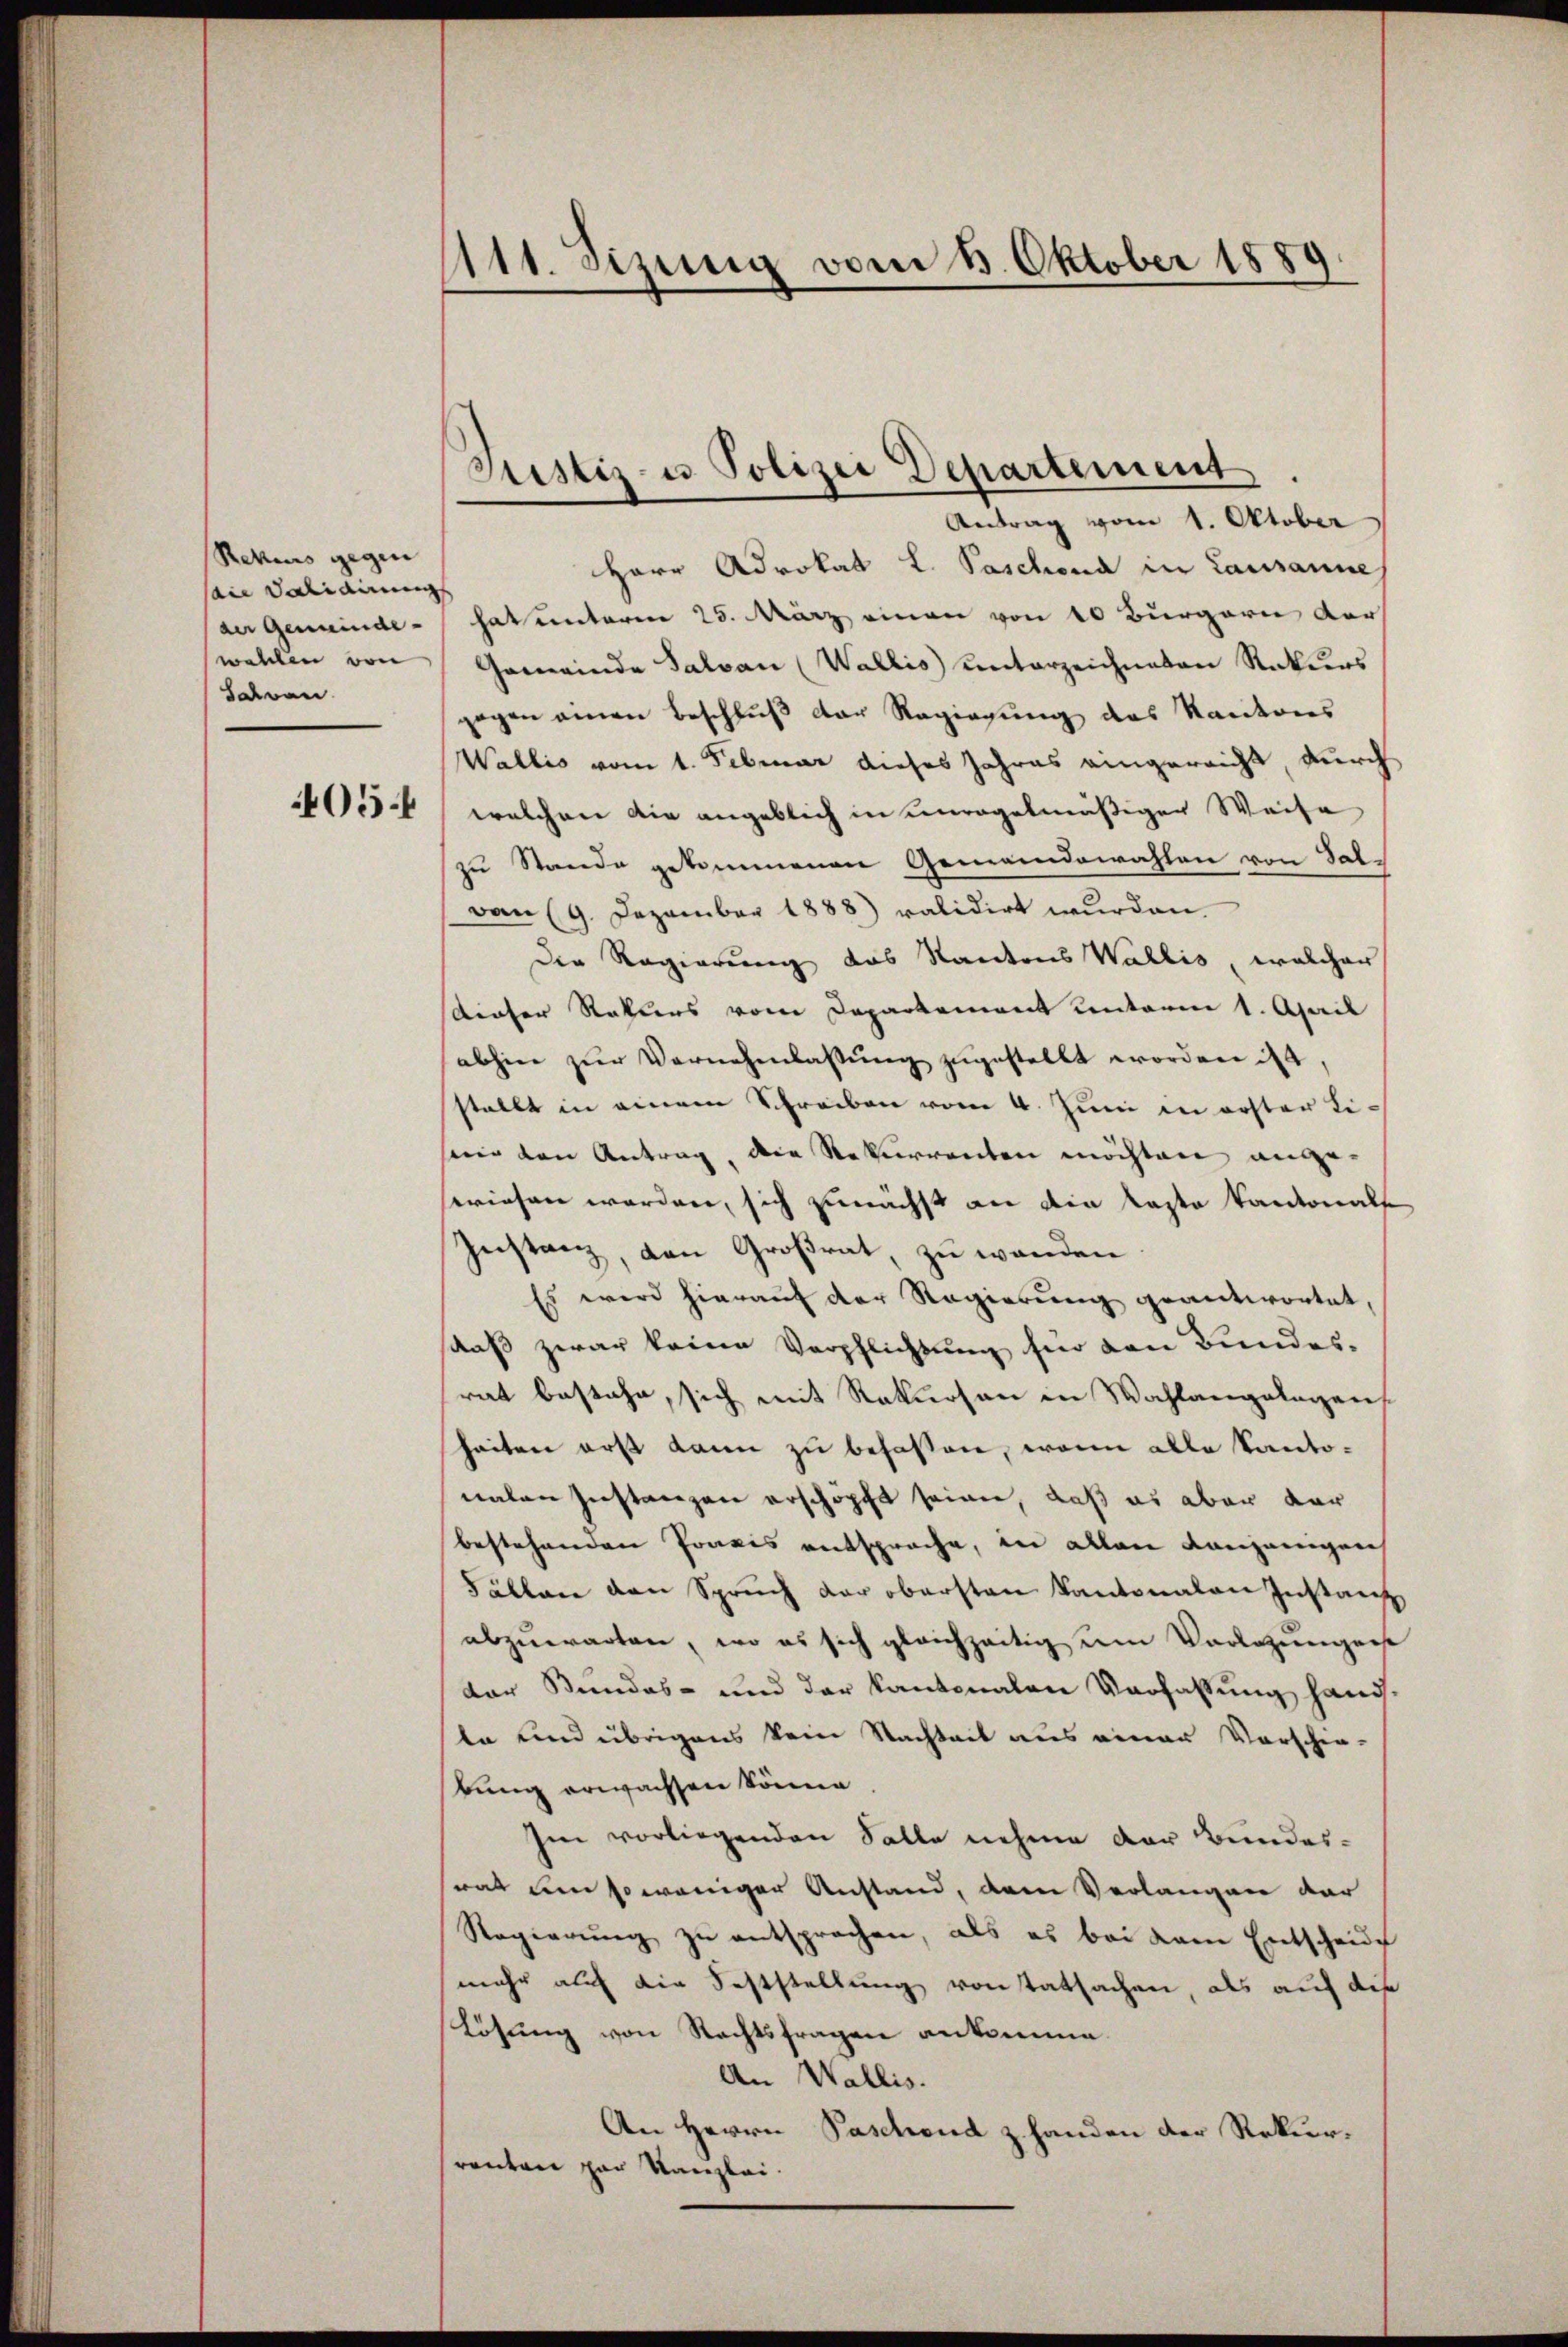
Rekens gegen
sane validirung
der Gemeinde-
walden von
Jahren
05.

1111. Sizung vom 13. Oktober 1889.

Herr Advokat L. Poschona in Lausanneh
hat unterm 25. März einen von 10 Bürgern der
Gemeinde Salvan (Wallis unterzeichneten Rekurs
gegen einen Beschluß der Regierung des Kantons
Wallis vom 1. Februar dieses Jahres eingereicht, durch
welchen die angeblich in unregelmäßiger Weise
zu Stande gekommenen Gemeindewahlen von Salvan (9. Dezember 1888) validirt wurden.
der Regierung das Kantons Wallis, welcher
dieser Rekurs vom Departement unterm 1. April
abhin zŭr Vernehmlassŭng zŭgestellt worden ist,
stellt in einem Schreiben vom 4. Juni in erster Lisein den Antrag, die Rekurrenten möchten ange-
swiesen worden, sich zunächst an die Laste Kantonalse
Instanz, den Großrat, zu wanden
Es wird hierauf der Regierung geantwortet,
daß zwar keine Verpflichtung für von Bundes-
rat bestehe, sich mit Rekursen in Wahlangelegen
heiten erst kann zu befassen, wenn alle Kantonalen Zustanzen erschöpft seinen, daß es aber dar
bestehenden Praxis entsproche, in allen denjenigen
Fällen den Spruch der obersten Kantonalen Instanz
abzuwarten, wo es sich gleichzeitig um Vorlegungenst
der Bundes- und der Kantonalen Verfassung handla und übrigens kein Stachteit aus einer Vorschie-
bung erwachsen könne
Im vorliegenden Falle nehme der Bundeswat um so weniger Anstand, dem Verlangen dar
Regierung zu entsprochen, als es bei dem Entschau
mehr auf die Feststellung von tatsachen, als auf die
Lösung von Rechtsfragen ankomme.
An Wallis.
An Herrn Paschend z. Handen der Rekurranton par Kanzlei.

Justiz- u Polizei Departement
Antrag vom 1. Oktober